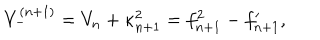
V _ { - } ^ { ( n + 1 ) } = V _ { n } + \kappa _ { n + 1 } ^ { 2 } = f _ { n + 1 } ^ { 2 } - f _ { n + 1 } ^ { \prime } ,